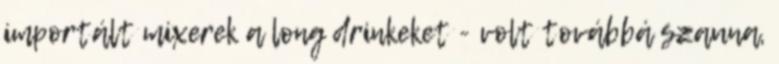
importált mixerek a long drinkeket - volt továbbá szauna,